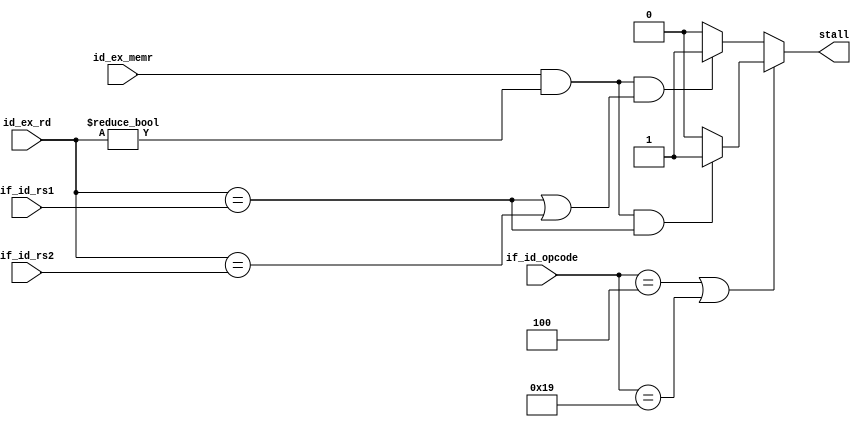
module Pipelinestalldetect(input [4:0] if_id_rs1, input [4:0] if_id_rs2, input [4:0] if_id_opcode,input [4:0] id_ex_rd, input id_ex_memr, output reg stall);

always@(*)
begin
if((if_id_opcode==5'b00100)||(if_id_opcode==5'b11001))
stall=((id_ex_memr==1)&&(id_ex_rd!=5'b0)&&(id_ex_rd==if_id_rs1))?1'b1:1'b0;
else
stall=((id_ex_memr==1)&&(id_ex_rd!=5'b0)&&((id_ex_rd==if_id_rs1)||(id_ex_rd==if_id_rs2)))?1'b1:1'b0;
end
endmodule